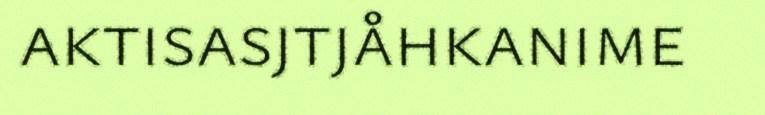
aktisasjtjåhkanime